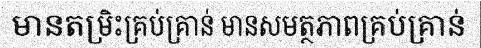
មានតម្រិះគ្រប់គ្រាន់ មានសមត្ថភាពគ្រប់គ្រាន់